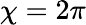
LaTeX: \chi=2\pi